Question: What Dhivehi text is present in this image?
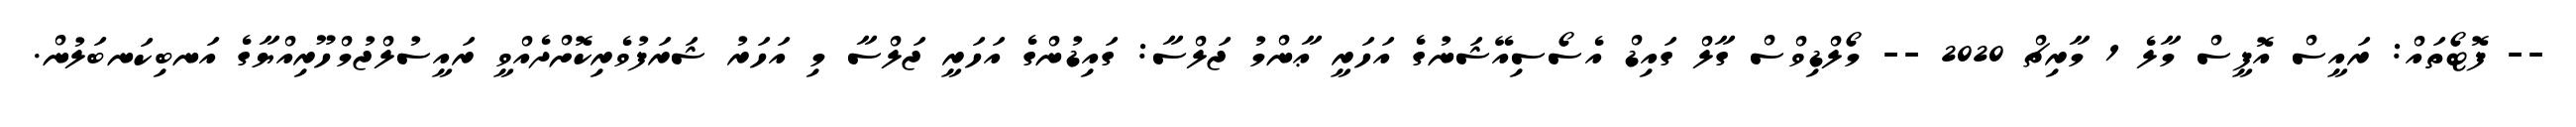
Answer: -- ފޮޓޯތައް: ރައީސް އޮފީސް މާލެ 1 މާރިޗް 2020 -- މޯލްޑިވްސް ގާލް ގައިޑް އެސޯސިއޭޝަނުގެ އަހަރީ ޢާންމު ޖަލްސާ: ގައިޑުންގެ އަހަރީ ޖަލްސާ މި އަހަރު ޝަރަފުވެރިކޮށްދެއްވީ ރައީސުލްޖުމްހޫރިއްޔާގެ އަނބިކަނބަލުން.